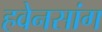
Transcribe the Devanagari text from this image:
हवेनसांग